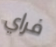
فراي